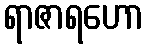
ရာဇာရဟော